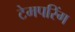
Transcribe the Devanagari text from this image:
टेमपरिंग